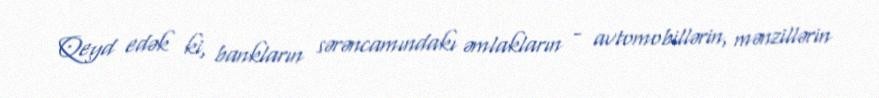
Qeyd edək ki, bankların sərəncamındakı əmlakların - avtomobillərin, mənzillərin